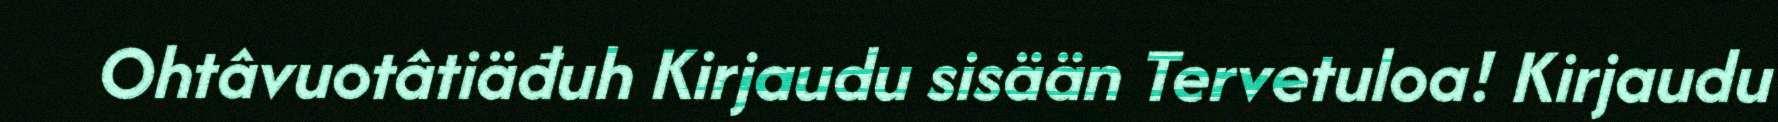
Ohtâvuotâtiäđuh Kirjaudu sisään Tervetuloa! Kirjaudu